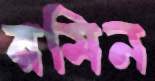
রমিন